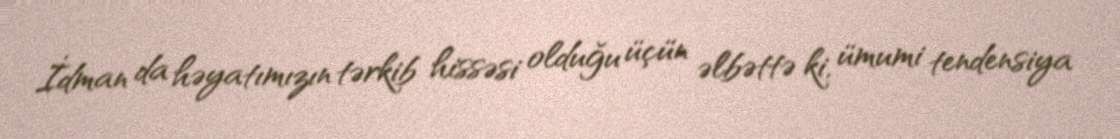
İdman da həyatımızın tərkib hissəsi olduğu üçün əlbəttə ki, ümumi tendensiya